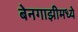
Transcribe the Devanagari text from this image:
बेनगाझीमध्ये